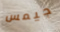
جيمس